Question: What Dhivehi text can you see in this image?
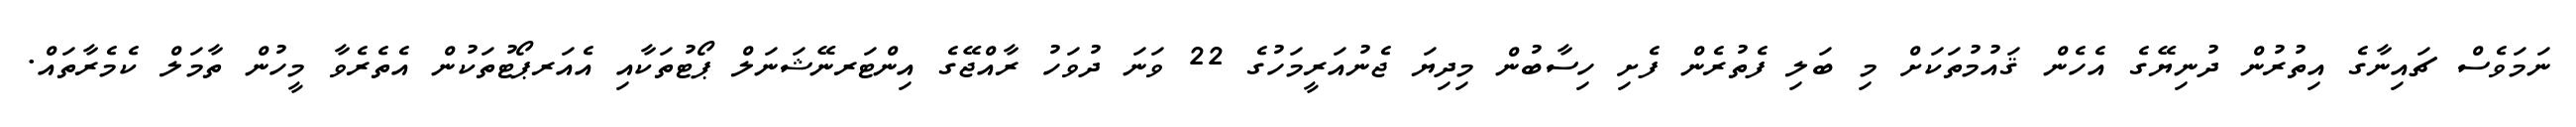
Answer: ނަމަވެސް ޗައިނާގެ އިތުރުން ދުނިޔޭގެ އެހެން ޤައުމުތަކަށް މި ބަލި ފެތުރެން ފެށި ހިސާބުން މިދިޔަ ޖެނުއަރީމަހުގެ 22 ވަނަ ދުވަހު ރާއްޖޭގެ އިންޓަރނޭޝަނަލް ޕޯޓުތަކާއި އެއަރޕޯޓުތަކުން އެތެރެވާ މީހުން ތާމަލް ކެމެރާތައް.